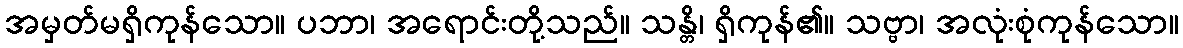
အမှတ်မရှိကုန်သော။ ပဘာ၊ အရောင်းတို့သည်။ သန္တိ၊ ရှိကုန်၏။ သဗ္ဗာ၊ အလုံးစုံကုန်သော။